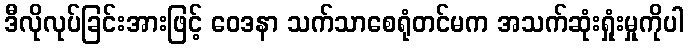
ဒီလိုလုပ်ခြင်းအားဖြင့် ဝေဒနာ သက်သာစေရုံတင်မက အသက်ဆုံးရှုံးမှုကိုပါ